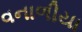
વનાળીયા